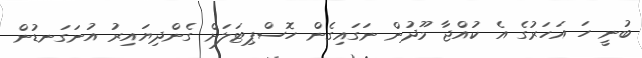
ބުނީ ހަ އަހަރުގެ އެ ކުއްޖާ މޫދުން ނަގައިގެން ހޮސްޕިޓަލަށް ގެންދިޔައިރު އުނަގަނޑުން